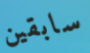
سابقين